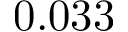
0 . 0 3 3